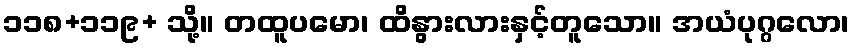
၁၁၈+၁၁၉+ သို့။ တထူပမော၊ ထိနွားလားနှင့်တူသော။ အယံပုဂ္ဂလော၊